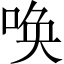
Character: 唤